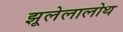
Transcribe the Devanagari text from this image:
झूलेलालोथ